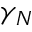
\gamma _ { N }